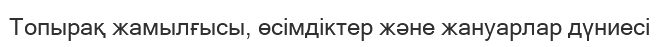
Топырақ жамылғысы, өсімдіктер және жануарлар дүниесі